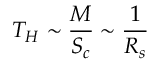
T _ { H } \sim \frac { M } { S _ { c } } \sim \frac { 1 } { R _ { s } }